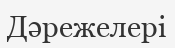
Дәрежелері